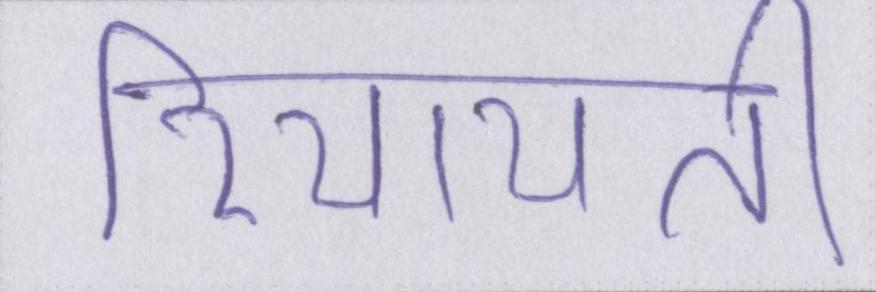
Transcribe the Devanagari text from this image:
रियायती